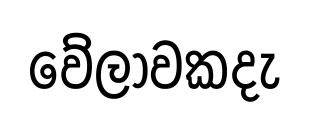
වේලාවකදැ